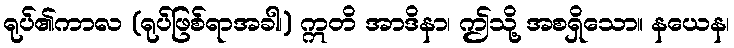
ရုပ်၏ကာလ (ရုပ်ဖြစ်ရာအခါ၊) ဣတိ အာဒိနာ၊ ဤသို့ အစရှိသော။ နယေန၊